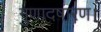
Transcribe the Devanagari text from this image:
गुणादषारण।